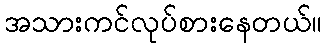
အသားကင်လုပ်စားနေတယ်။